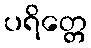
ပရိတ္တေ